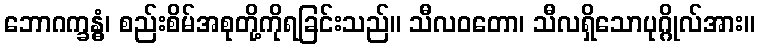
ဘောဂက္ခန္ဓံ၊ စည်းစိမ်အစုတို့ကိုရခြင်းသည်။ သီလဝတော၊ သီလရှိသောပုဂ္ဂိုလ်အား။